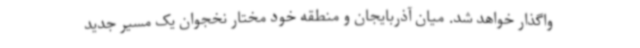
واگذار خواهد شد. میان آذربایجان و منطقه خود مختار نخجوان یک مسیر جدید